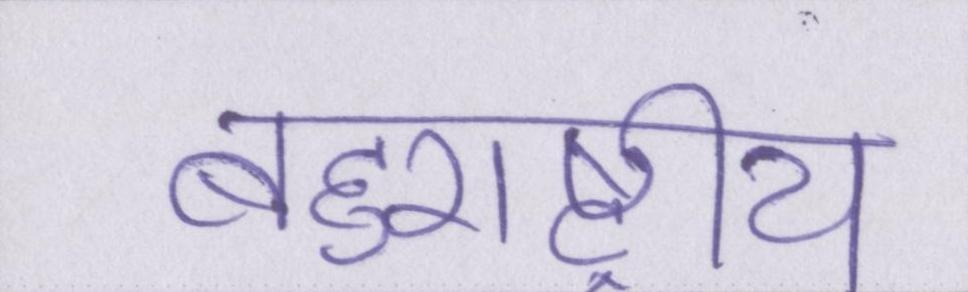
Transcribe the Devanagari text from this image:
बहुराष्ट्रीय